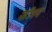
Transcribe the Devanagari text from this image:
जीपन